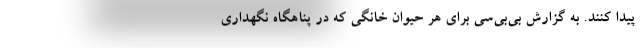
پیدا کنند. به گزارش بی‌بی‌سی برای هر حیوان خانگی که در پناهگاه نگهداری